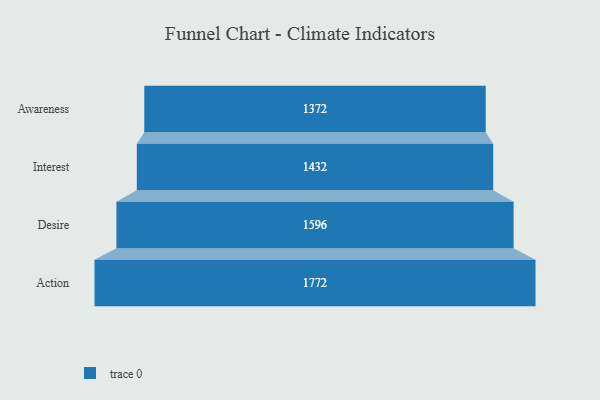
{"axis": {"x": "Stage", "y": "Value"}, "legend": [""], "data": [{"x": "Awareness", "y": 1372.0, "type": ""}, {"x": "Interest", "y": 1432.0, "type": ""}, {"x": "Desire", "y": 1596.0, "type": ""}, {"x": "Action", "y": 1772.0, "type": ""}]}